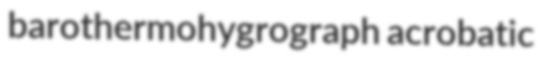
barothermohygrograph acrobatic